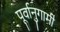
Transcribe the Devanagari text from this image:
पूर्वानुगामी